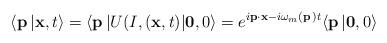
LaTeX: \begin{align*}\langle {\bf p}\, \vert {\bf x} ,t \rangle =\langle {\bf p}\, \vert U(I, ({\bf x},t) \vert {\bf 0} ,0 \rangle =e^{i {\bf p} \cdot {\bf x} - i \omega_m ({\bf p}\, ) t} \langle {\bf p}\, \vert {\bf 0} ,0 \rangle \end{align*}